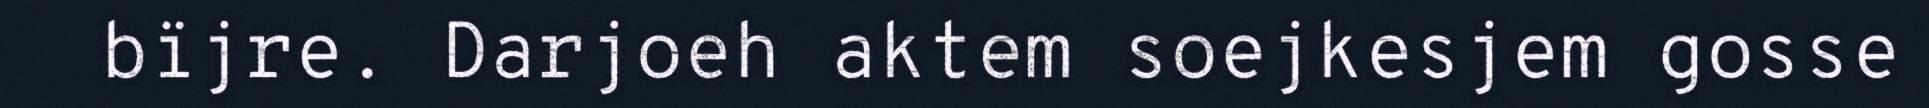
bïjre. Darjoeh aktem soejkesjem gosse